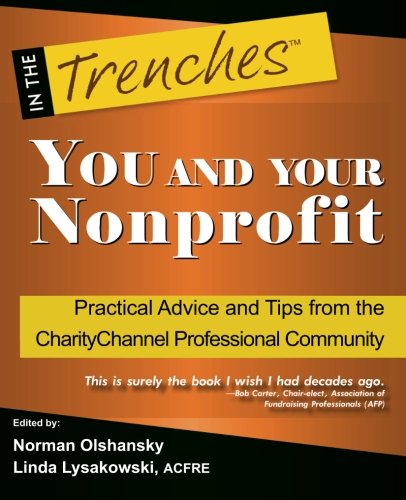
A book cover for YOU and Your Nonprofit: Practical Advice and Tips from the CharityChannel Professional Community (In the Trenches); Norman Olshansky; Business & Money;